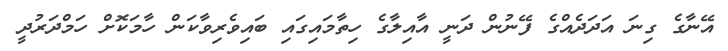
އޭނާގެ ގިނަ އަދަދެއްގެ ފޭނުން ދަނީ އާއިލާގެ ހިތާމައިގައި ބައިވެރިވާކަން ހާމަކޮށް ހަމްދަރުދީ